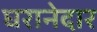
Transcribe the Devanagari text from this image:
घरानेदार